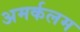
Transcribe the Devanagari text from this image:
अमर्कलम